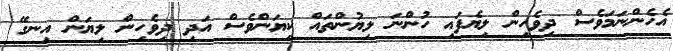
އެހެންނަމަވެސް ދިވެހިން ލިޔެފައި ހުންނަ ލިޔުންތައް ކިޔަންވެސް އަދި ދިވެހިން ލިޔަން އިނގޭ